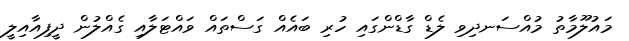
މައުލޫމާތު މުއްސަނދިވި ލެޑް ގާޑްންގައި ހުރި ބައެއް ގަސްތައް ވައްޓަލާއި ގެއްލުން ދީފިއާއިލީ